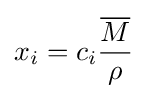
x_{i}=c_{i}{\frac {\overline {M}}{\rho }}